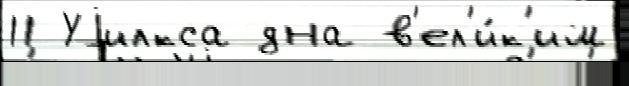
11 Уjилкса дна в'ел'и́к'им